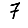
Digit: 7